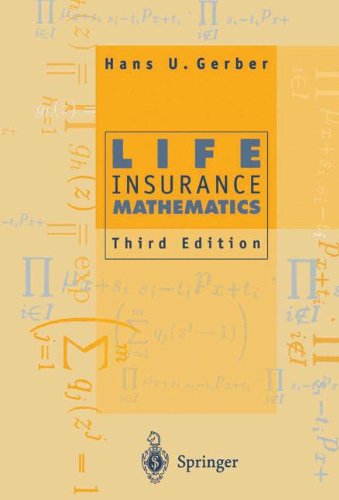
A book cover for Life Insurance Mathematics; Hans U. Gerber; Business & Money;